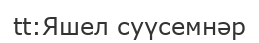
tt:Яшел суүсемнәр